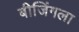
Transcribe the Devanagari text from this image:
बीजिंगला